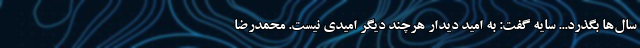
سال‌ها بگذرد... سایه گفت: به امید دیدار هرچند دیگر امیدی نیست. محمدرضا